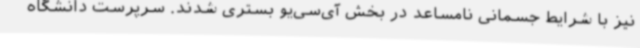
نیز با شرایط جسمانی نامساعد در بخش آی‌سی‌یو بستری شدند. سرپرست دانشگاه